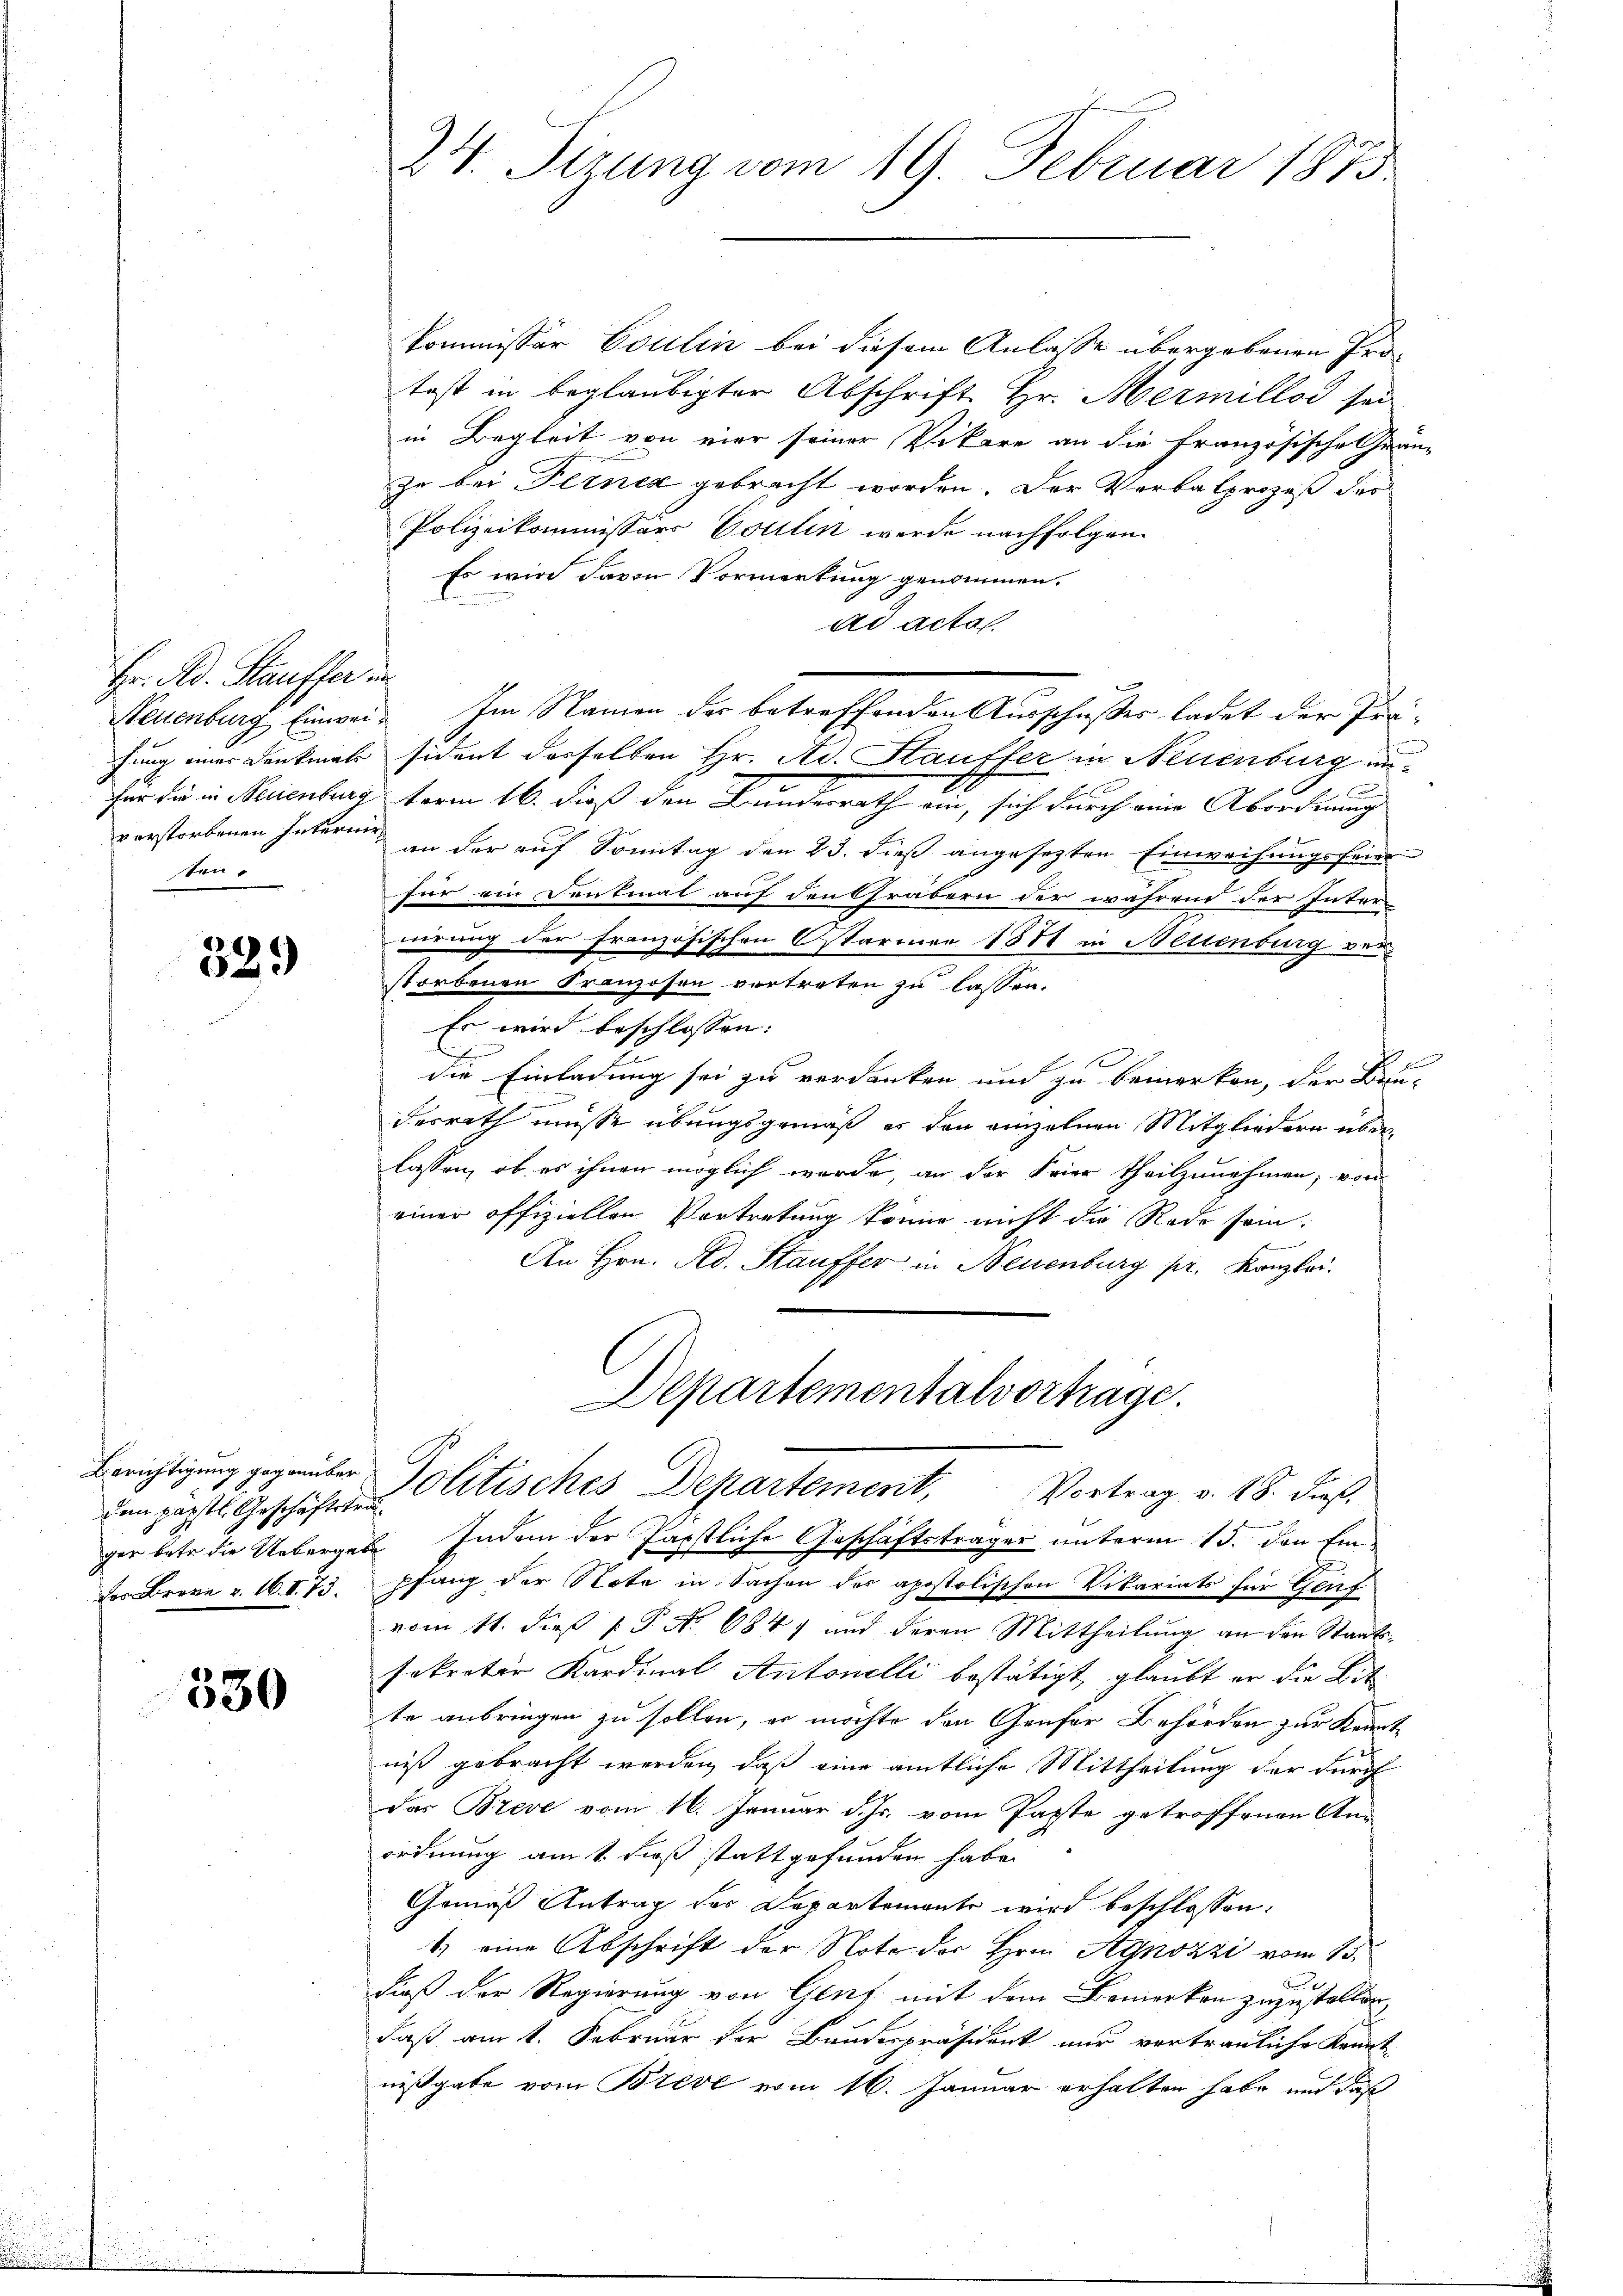
Hr. Ad. Kauffer in
verstorbenen Internir
ten

329

dem päpstl. Geschäftsträ¬
 v. 161. 73.

530

Kommissor Coulin bei diesem Anlasse übergebenen Protest in beglaubigter Abschrift Hr. Mermillod sei
in Begleit von vier seiner Vikare an die Französische Gränz
zu bei Ferner gebracht worden. Der Verbalprozeß des
Polizeikommissärs Volllin werde nachfolgen.
Es wird davon Vormerkung genommen.
ad actal
hung einer Denkmals sident derselben Hr. Ad. Hauffer in Neuenburg unx
für die in Neuenburg term 16. dieß den Bundesrath ein, sich durch eine Abordnung
an der auf Sonntag den 23. dieß angesezten Einweihungsfeier
für ein Centmat auf den Gräbern der während der Inter-
nirung der französischen starmer 1874 in Altenburg verstorbenen Kranzosen vertreten zu lassen.
Es wird beschlossen:
h
die Einladung sei zu verdanken und zu bemerken, der Bau-
desrath müsse übungsgemäß es den einzelnen Mitgliedern überlassen, ob es ihnen möglich wurde, an der Feier theilzunehmen; von
einer offiziellen Vortretung könne nicht die Rede sein.
An Hrn. Ad. Stauffer in Neuenburg pr. Kanzlei.

24. Sizung vom 19. Februar 1873.

Steuenburg Einwei. Im Namen der betreffenden Ausschusses ladet der Prä-

Departementalvortrage.
Berichtigung gegenüber Politisches Departement, Vortrag v. 18. dieß.

ger betr. die Uebergeben Indem der Papstliche Geschäftsträger unterm 15. den Einpfang der Note in Sachen der apostolischen Vikariats für Genf
F
vom 11. dieß P. No 6847 und deren Mittheilung an den Staatssekreter Kardinal Antonelli bestätigt, glaubt er die Bit
te anbringen zu sollen, er möchte den Genfer Behörden zur Kennt
niß gebracht werden, daß eine amtliche Mittheilung der durch
das Breve vom 16. Januar d. Js. vom Paste getroffenen Anordnung am 1. dieß stattgefunden habe.
Gemäß Antrag des Departemente wird beschlossen:
1) eine Abschrift der Note der Hrn. Agnozzi vom 15.
dieß der Regierung von Genf mit dem Bemerken zuzustellen,
Faß am 1. Februar der Bandespräsident nur vertrauliche Kennt
nißgabe vom Brive vom 16. Januar erhalten habe, und daß